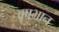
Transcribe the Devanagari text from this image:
वृषभान